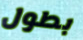
بطول